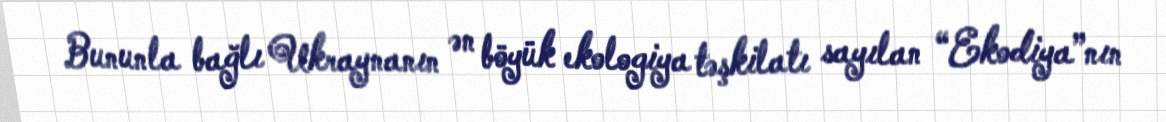
Bununla bağlı Ukraynanın ən böyük ekologiya təşkilatı sayılan “Ekodiya”nın